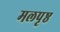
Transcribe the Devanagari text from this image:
मलपृष्ठ